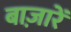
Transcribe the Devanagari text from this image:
बाज़ारें